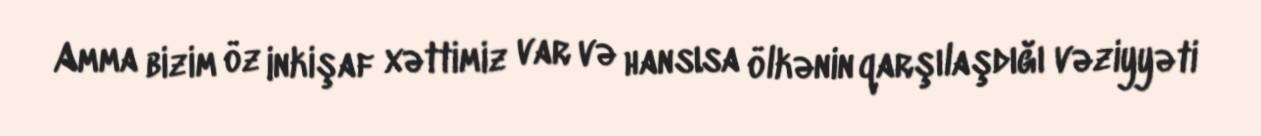
Amma bizim öz inkişaf xəttimiz var və hansısa ölkənin qarşılaşdığı vəziyyəti